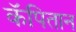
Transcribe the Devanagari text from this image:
कॅपितान